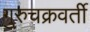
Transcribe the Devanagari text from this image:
गुरुचक्रवर्ती